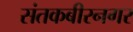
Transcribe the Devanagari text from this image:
संतकबीरनगर